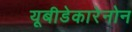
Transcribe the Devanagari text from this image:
यूबीडेकारेनोन